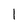
Character: 1